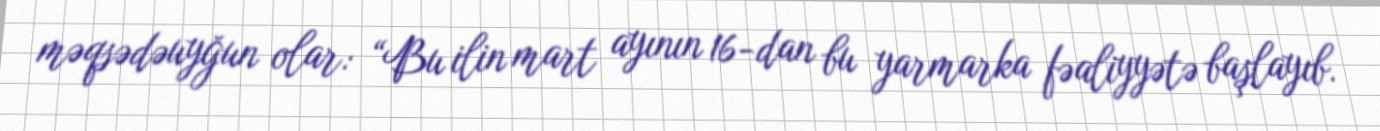
məqsədəuyğun olar: “Bu ilin mart ayının 16-dan bu yarmarka fəaliyyətə başlayıb.